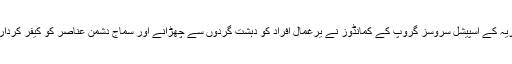
فل ڈریس ریہرسل کے دوران پاک بحریہ کے اسپیشل سروسز گروپ کے کمانڈوز نے یرغمال افراد کو دہشت گردوں سے چھڑانے اور سماج دشمن عناصر کو کیفر کردار تک پہنچانے کا مظاہرہ بھی پیش کیا۔